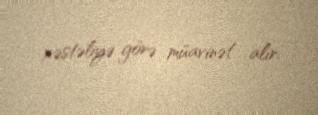
xəstəliyə görə müavinət alır.